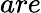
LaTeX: are